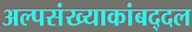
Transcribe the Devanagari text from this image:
अल्पसंख्याकांबद्दल